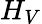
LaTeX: H_{V}